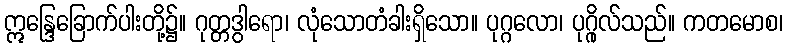
ဣန္ဒြေခြောက်ပါးတို့၌။ ဂုတ္တဒွါရော၊ လုံသောတံခါးရှိသော။ ပုဂ္ဂလော၊ ပုဂ္ဂိုလ်သည်။ ကတမောစ၊